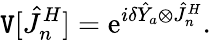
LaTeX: \mathtt{V}[\hat{{J}}_{n}^{H}]=\mathrm{{e}}^{i\delta\hat{{Y}}_{a}\otimes\hat{{J}}_{n}^{H}}.